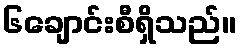
၆ချောင်းစီရှိသည်။